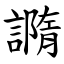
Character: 䜏